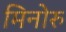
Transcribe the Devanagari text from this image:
मिनोरु